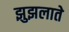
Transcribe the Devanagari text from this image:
झुझलाते